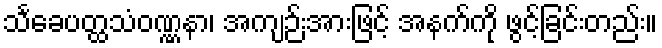
သင်္ခေပတ္ထသံဝဏ္ဏနာ၊ အကျဉ်းအားဖြင့် အနက်ကို ဖွင့်ခြင်းတည်း။